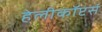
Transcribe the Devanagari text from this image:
हेलीकॉप्टर्स